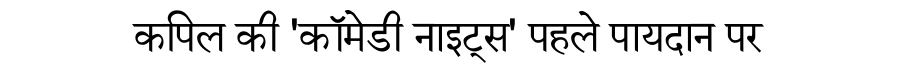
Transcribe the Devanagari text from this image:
कपिल की 'कॉमेडी नाइट्स' पहले पायदान पर